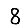
Digit: 8